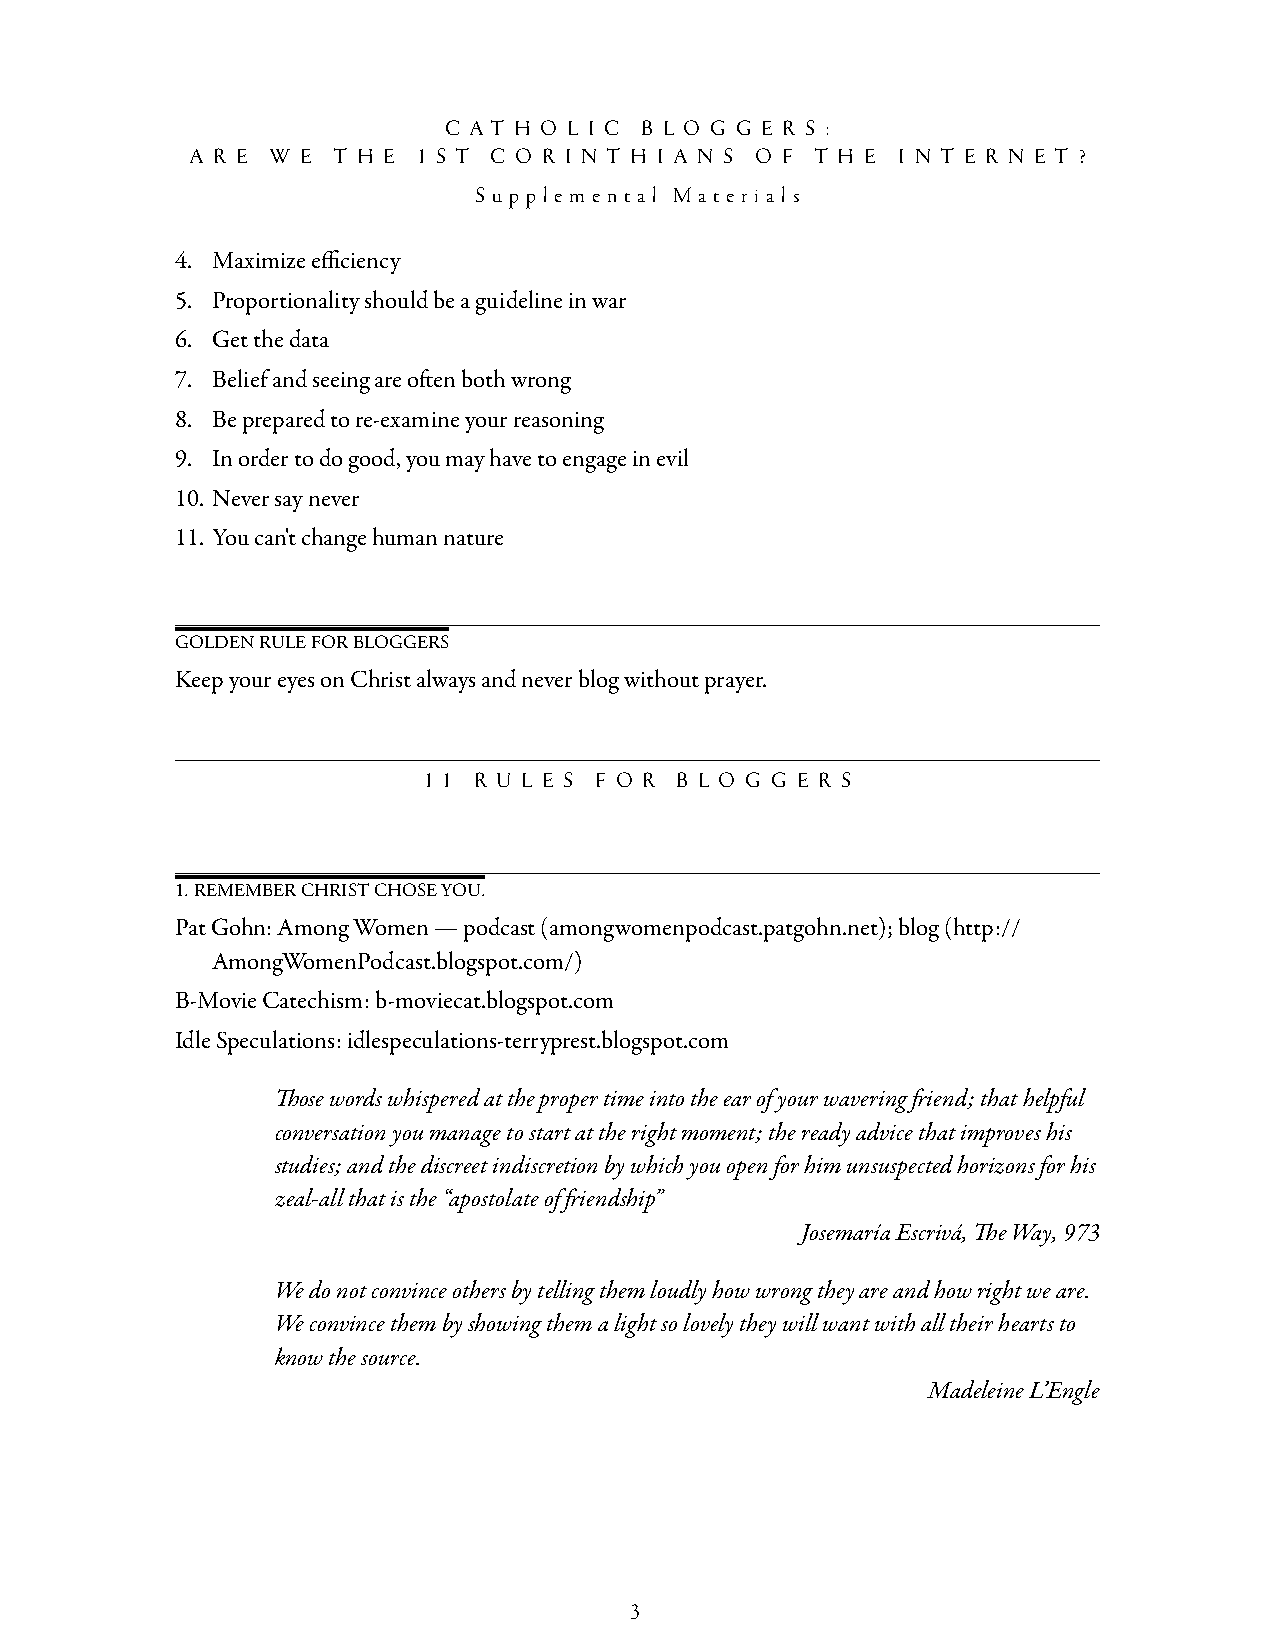
c a t h o l i c b l o g g e r s :
 a r e w e t h e 1 s t c o r i n t h i a n s o f t h e i n t e r n e t ?
 s u p p l e m e n t a l M a t e r i a l s
 4. Maximize efficiency
 5. Proportionality should be a guideline in war
 6. Get the data
 7. Belief and seeing are often both wrong
 8. Be prepared to re-examine your reasoning
 9. In order to do good, you may have to engage in evil
 10. Never say never
 11. You can't change human nature
 golDen rule for bloggers
 Keep your eyes on Christ always and never blog without prayer.
 1 1 R u l e S f o R b l o g g eR S
 1. remember chrIst chose you.
 Pat Gohn: Among Women — podcast (amongwomenpodcast.patgohn.net); blog (http://
 AmongWomenPodcast.blogspot.com/)
 B-Movie Catechism: b-moviecat.blogspot.com
 Idle Speculations: idlespeculations-terryprest.blogspot.com
 Those words whispered at the proper time into the ear of your wavering friend; that helpful
 conversation you manage to start at the right moment; the ready advice that improves his
 studies; and the discreet indiscretion by which you open for him unsuspected horizons for his
 zeal-all that is the “apostolate of friendship”
 Josemaría Escrivá, The Way, 973
 We do not convince others by telling them loudly how wrong they are and how right we are.
 We convince them by showing them a light so lovely they will want with all their hearts to
 know the source.
 Madeleine L’Engle
 3